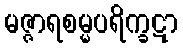
မဇ္ဇာရစမ္မပရိက္ခဋာ